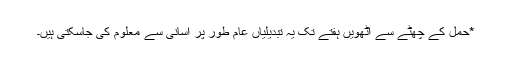
*حمل کے چھٹے سے آٹھویں ہفتے تک یہ تبدیلیاں عام طور پر آسانی سے معلوم کی جاسکتی ہیں۔